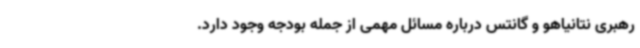
رهبری نتانیاهو و گانتس درباره مسائل مهمی از جمله بودجه وجود دارد.